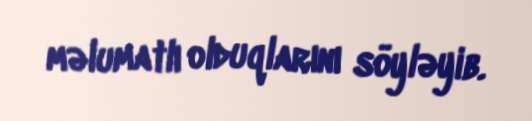
məlumatlı olduqlarını söyləyib.